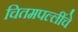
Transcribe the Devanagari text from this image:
चितमपल्लींचे